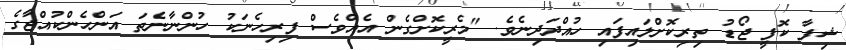
ޝިފާ ކޮފީ ޖޯޑު ތިރިކޮށްލައިފައި ހުއްދަދިނެވެ. "މެރީކޮށްގެން އެއްވެސް ފިރިހެނަކު ހުންނާނެތަ އަންހެންކުއްޖާގެ